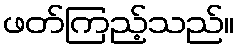
ဖတ်ကြည့်သည်။